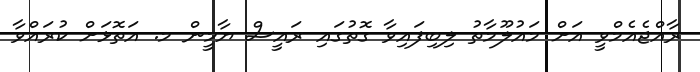
ރާއްޖެއެމްވީ އަށް މައުލޫމާތު ލިބިފައިވާ ގޮތުގައި ރައީސް ޔާމީން މ. އަތޮޅަށް ކުރައްވާ